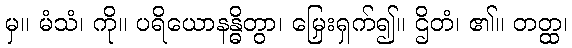
မှ။ မံသံ၊ ကို။ ပရိယောနန္ဓိတွာ၊ မြှေးရှက်၍။ ဌိတံ၊ ၏။ တတ္ထ၊